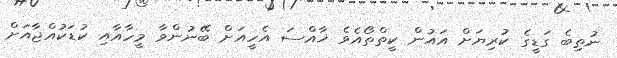
ނުތިބެ ގަޑީގެ ކުރިޔަށް އައުން ކީތްތޯއެވެ ޚާއްސަ އެހީއަށް ބޭނުންވާ މީހާއާއި ކުޑަކުއްޖާއަށް